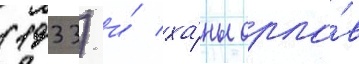
(1933) и́ ха́ны орло́в